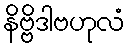
နိဗ္ဗိဒါဗဟုလံ